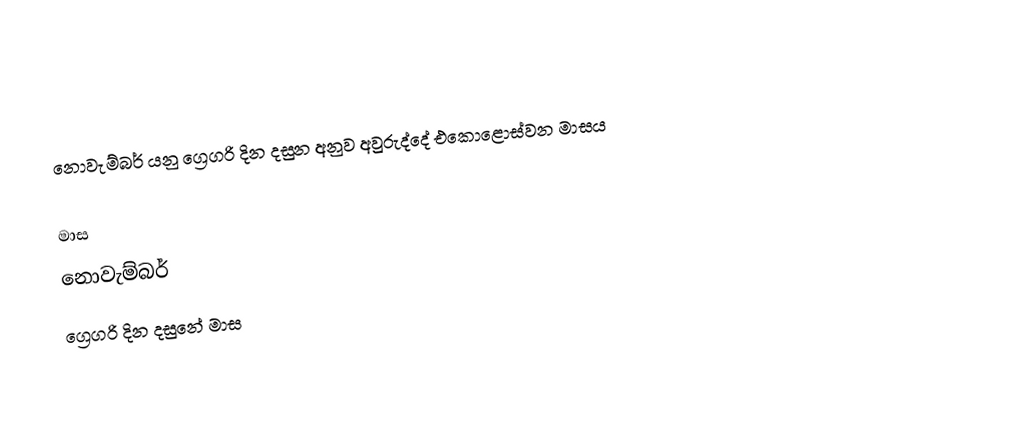
නොවැම්බර් යනු ග්‍රෙගරි දින දසුන අනුව අවුරුද්දේ එකොළොස්වන මාසය

මාස
නොවැම්බර්
ග්‍රෙගරි දින දසුනේ මාස